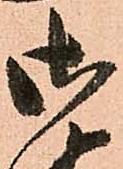
御